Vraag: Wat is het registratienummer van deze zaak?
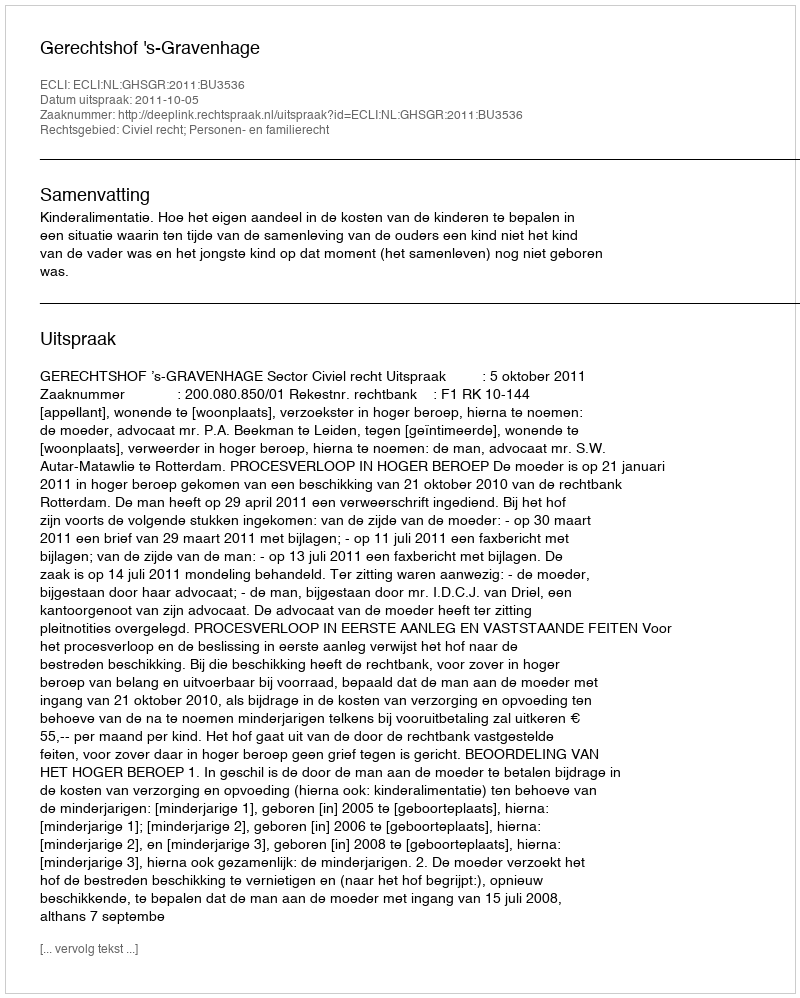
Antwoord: http://deeplink.rechtspraak.nl/uitspraak?id=ECLI:NL:GHSGR:2011:BU3536